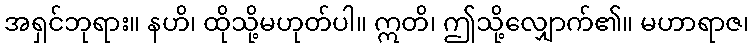
အရှင်ဘုရား။ နဟိ၊ ထိုသို့မဟုတ်ပါ။ ဣတိ၊ ဤသို့လျှောက်၏။ မဟာရာဇ၊